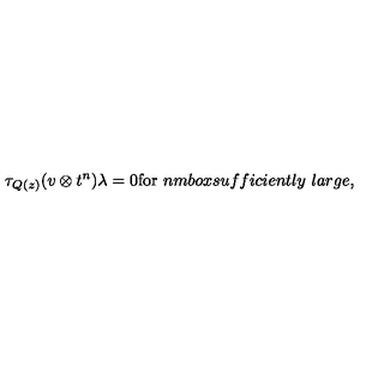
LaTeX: \tau _ { Q ( z ) } ( v \otimes t ^ { n } ) \lambda = 0 \mathrm { f o r } \ n m b o x { s u f f i c i e n t l y \ l a r g e } ,